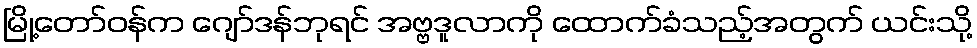
မြို့တော်ဝန်က ဂျော်ဒန်ဘုရင် အဗ္ဗဒူလာကို ထောက်ခံသည့်အတွက် ယင်းသို့